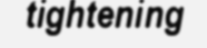
tightening